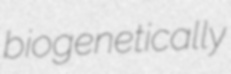
biogenetically